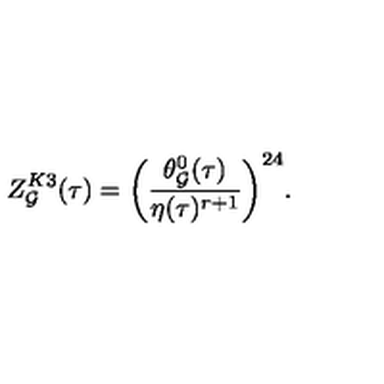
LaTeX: Z _ { \cal G } ^ { K 3 } ( \tau ) = \biggl ( \frac { \theta _ { \cal G } ^ { 0 } ( \tau ) } { \eta ( \tau ) ^ { r + 1 } } \biggr ) ^ { 2 4 } .